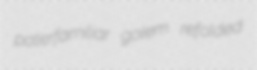
paterfamiliar golem refolded